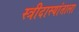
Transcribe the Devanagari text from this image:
स्त्रीदास्यांताला